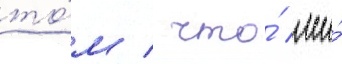
то́м / что́ мы́